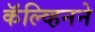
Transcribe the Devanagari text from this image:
कॅल्व्हिनने